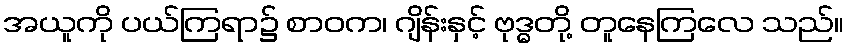
အယူကို ပယ်ကြရာ၌ စာဝက၊ ဂျိန်းနှင့် ဗုဒ္ဓတို့ တူနေကြလေ သည်။